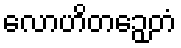
လောဟိတဉှေတံ